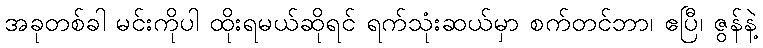
အခုတစ်ခါ မင်းကိုပါ ထိုးရမယ်ဆိုရင် ရက်သုံးဆယ်မှာ စက်တင်ဘာ၊ ဧပြီ၊ ဇွန်နဲ့